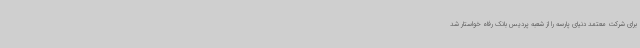
برای شرکت معتمد دنیای پارسه را از شعبه پردیس بانک رفاه خواستار شد